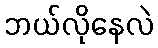
ဘယ်လိုနေလဲ